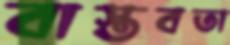
বাস্তবতা